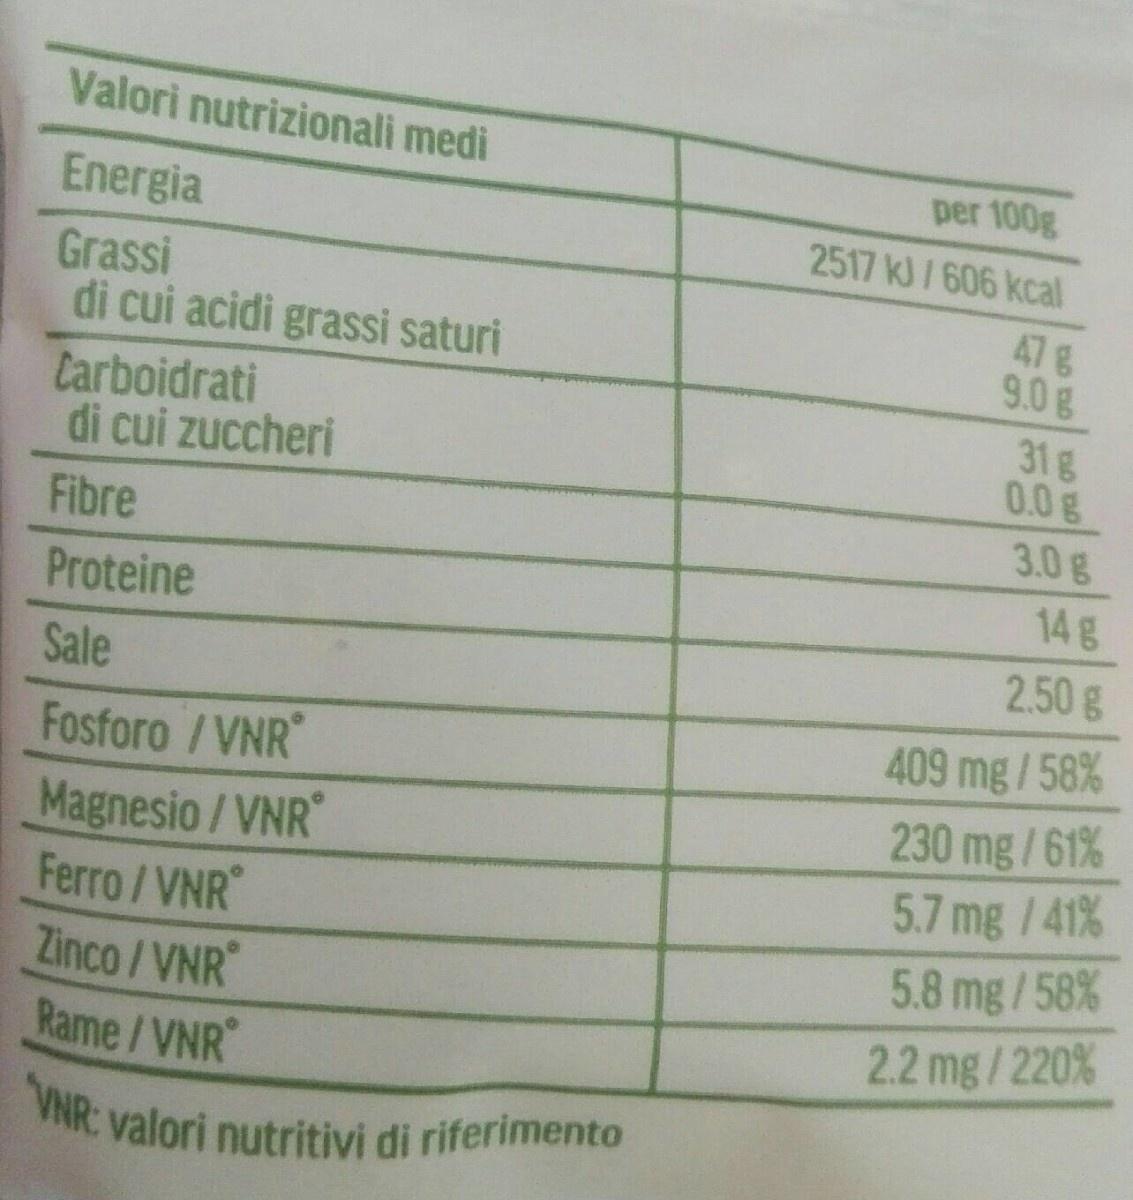
Valori nutrizionali medi
per 100g
Energia
2517 kJ / 606 kcal
Grassi di cui acidi grassi saturi
47g 9.0g
Carboidrati di cui zuccheri
31g 0.0g
Fibre
3.0g
Proteine
14g
2.50g
Sale
Fosforo /VNR
409 mg/58%
230 mg/61% 5.7 mg /41%
Magnesio/VNR Ferro/VNR Zinco/VNR Rame/VNR
5.8 mg/58%
2.2 mg/220%
VNR: valori nutritivi di riferimento